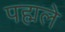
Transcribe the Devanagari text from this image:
पह्मले